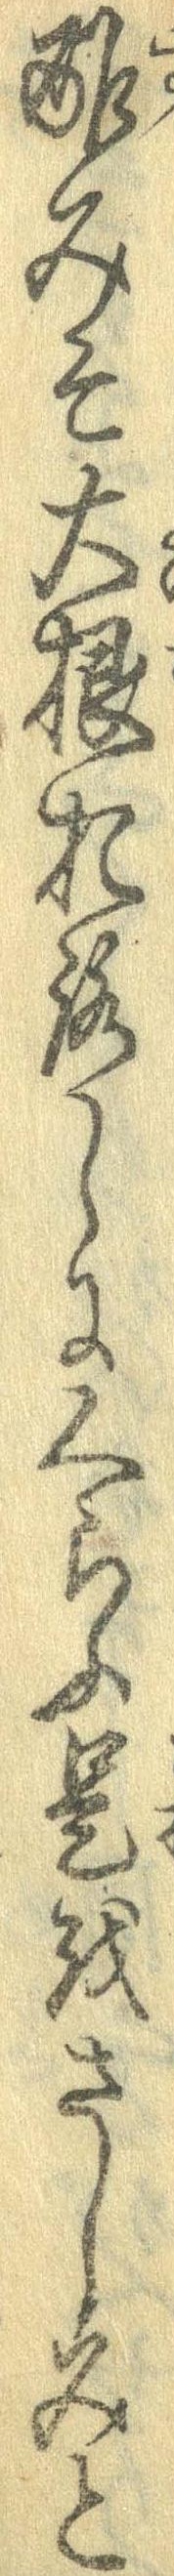
酢みそ大根おろしにくらふ是をさしみと